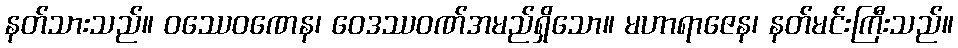
နတ်သားသည်။ ဝဿေဝဏေန၊ ဝေဒဿဝဏ်အမည်ရှိသော။ မဟာရာဇေန၊ နတ်မင်းကြီးသည်။